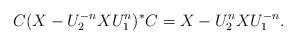
LaTeX: \begin{align*}C(X-U_2^{-n}XU_1^n)^\ast C=X-U_2^nXU_1^{-n}.\end{align*}